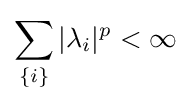
\sum _{\{i\}}\vert \lambda _{i}\vert ^{p}<\infty